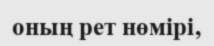
оның рет нөмірі‚